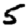
Digit: 5